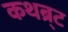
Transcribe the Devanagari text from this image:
कथब्र्ट